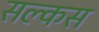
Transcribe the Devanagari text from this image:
सल्कस